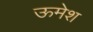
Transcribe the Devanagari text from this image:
ऊमेश